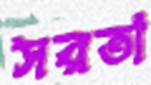
সরতা